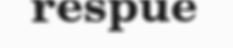
respue